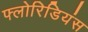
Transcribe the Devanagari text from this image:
फ्लोरिडियंस